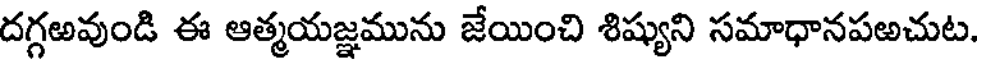
దగ్గఱవుండి ఈ ఆత్మయజ్ఞమును జేయించి శిష్యుని సమాధానపఱచుట.